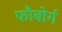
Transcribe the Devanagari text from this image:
फौबोर्ग